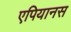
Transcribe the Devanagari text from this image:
एपियानस